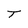
Character: T